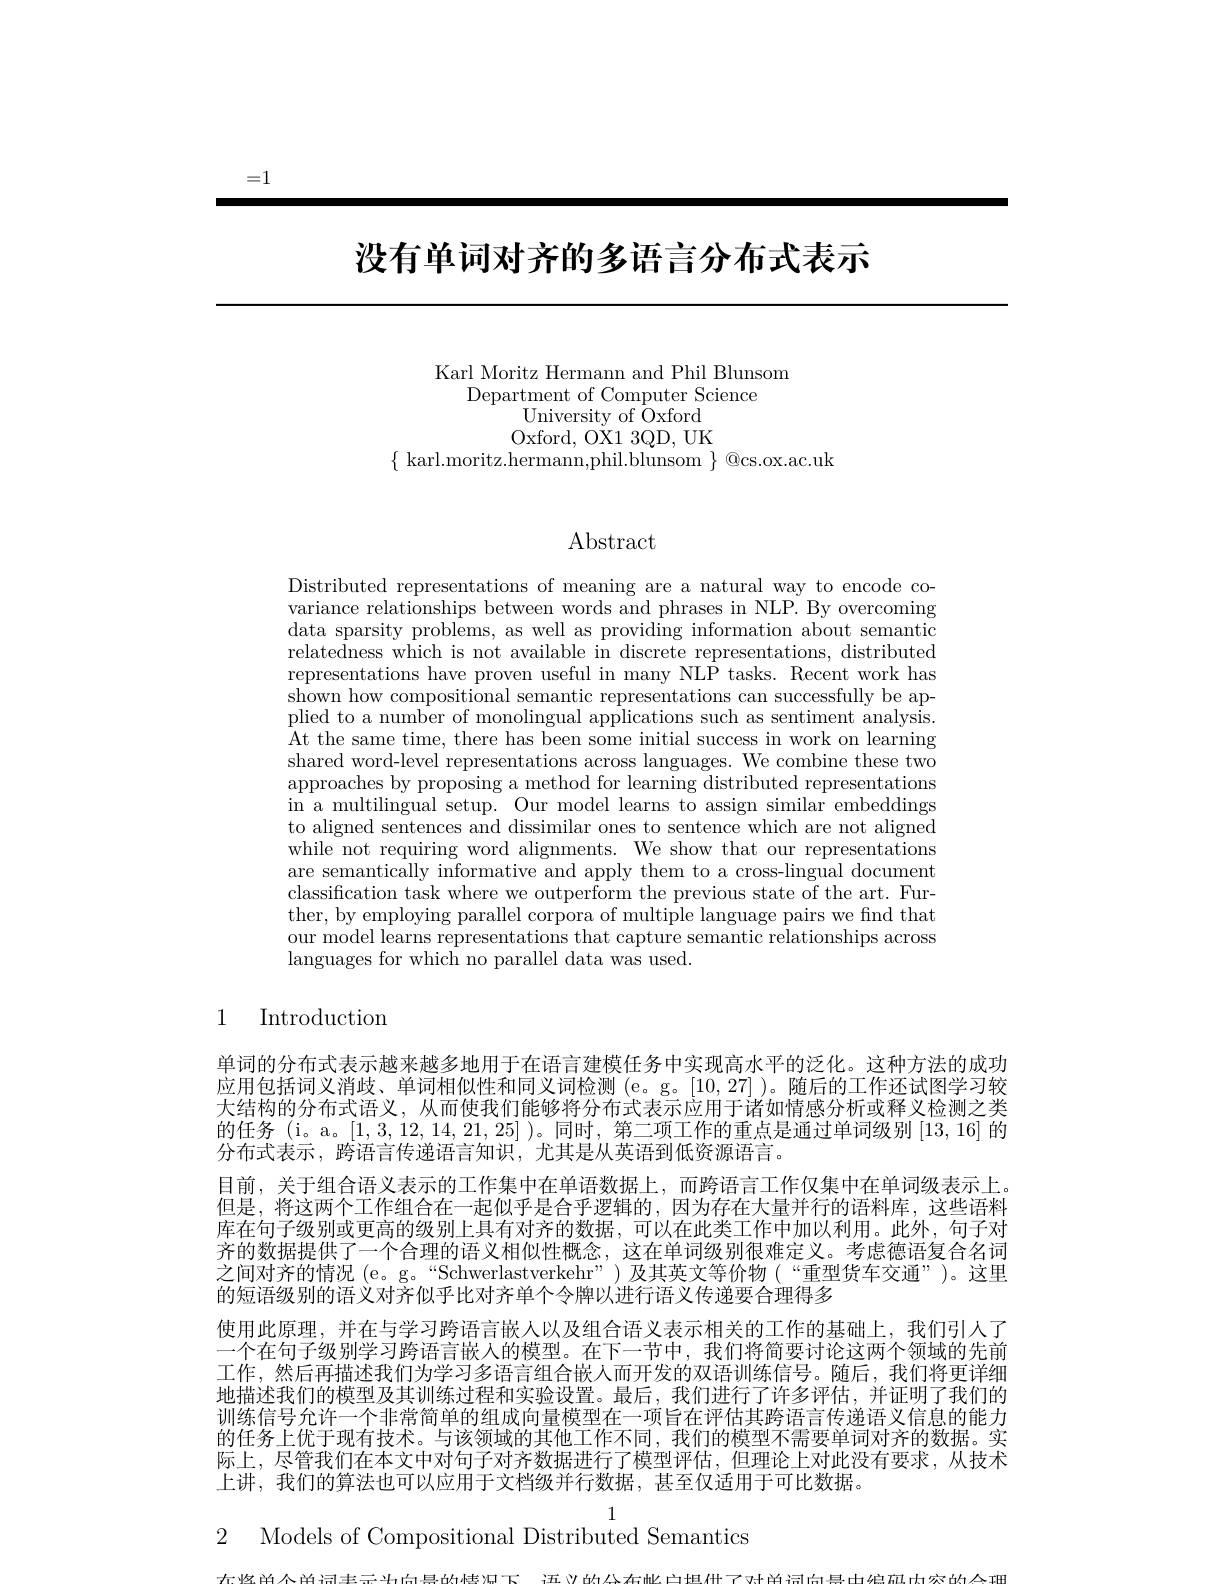
=1

# 没有单词对齐的多语言分布式表示

Karl Moritz Hermann and Phil Blunsom
Department of Computer Science
University of Öxford Oxford, OX1 3QD, UK
$\{$karl.moritz.hermann,phil.blunsom$\}$@cs.ox.ac.uk

# Abstract

Distributed representations of meaning are a natural way to encode covariance relationships between words and phrases in NLP. By overcoming data sparsity problems, as well as providing information about semantic relatedness which is not available in discrete representations, distributed representations have proven useful in many NLP tasks. Recent work has shown how compositional semantic representations can successfully be applied to a number of monolingual applications such as sentiment analysis. $\bar{A}$t the same time, there has been some initial success in work on learning shared word-level representations across languages. We combine these two approaches by proposing a method for learning distributed representations in a multilingual setup. Our model learns to assign similar embeddings to aligned sentences and dissimilar ones to sentence which are not aligned while not requiring word alignments. We show that our representations are semantically informative and apply them to a cross-lingual document classification task where we outperform the previous state of the art. Further, by employing parallel corpora of multiple language pairs we find that our model learns representations that capture semantic relationships across languages for which no parallel data was used.

1 Introduction

单词的分布式表示越来越多地用于在语言建模任务中实现高水平的泛化。这种方法的成功应用包括词义消歧、单词相似性和同义词检测(e。g。[10,27])。随后的工作还试图学习较大结构的分布式语义，从而使我们能够将分布式表示应用于诸如情感分析或释义检测之类的任务(i。a。[1,3,12,14,21,25] )。同时，第二项工作的重点是通过单词级别[13,16]的分布式表示，跨语言传递语言知识，尤其是从英语到低资源语言。
目前，关于组合语义表示的工作集中在单语数据上，而跨语言工作仅集中在单词级表示上。但是，将这两个工作组合在一起似乎是合乎逻辑的，因为存在大量并行的语料库，这些语料库在句子级别或更高的级别上具有对齐的数据，可以在此类工作中加以利用。此外，句子对齐的数据提供了一个合理的语义相似性概念，这在单词级别很难定义。考虑德语复合名词之间对齐的情况 (e。g。“Schwerlastverkehr”) 及其英文等价物(“重型货车交通”)。这里的短语级别的语义对齐似乎比对齐单个令牌以进行语义传递要合理得多
使用此原理，并在与学习跨语言嵌人以及组合语义表示相关的工作的基础上，我们引人了一个在句子级别学习跨语言嵌人的模型。在下一节中，我们将简要讨论这两个领域的先前工作，然后再描述我们为学习多语言组合嵌人而开发的双语训练信号。随后，我们将更详细地描述我们的模型及其训练过程和实验设置。最后，我们进行了许多评估，并证明了我们的训练信号允许一个非常简单的组成向量模型在一项旨在评估其跨语言传递语义信息的能力的任务上优于现有技术。与该领域的其他工作不同，我们的模型不需要单词对齐的数据。实际上，尽管我们在本文中对句子对齐数据进行了模型评估，但理论上对此没有要求，从技术上讲，我们的算法也可以应用于文档级并行数据，甚至仅适用于可比数据。

2 Models of Compositional Distributed Semantics